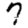
Digit: 7